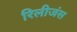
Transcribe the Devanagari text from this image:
रिलीजंस